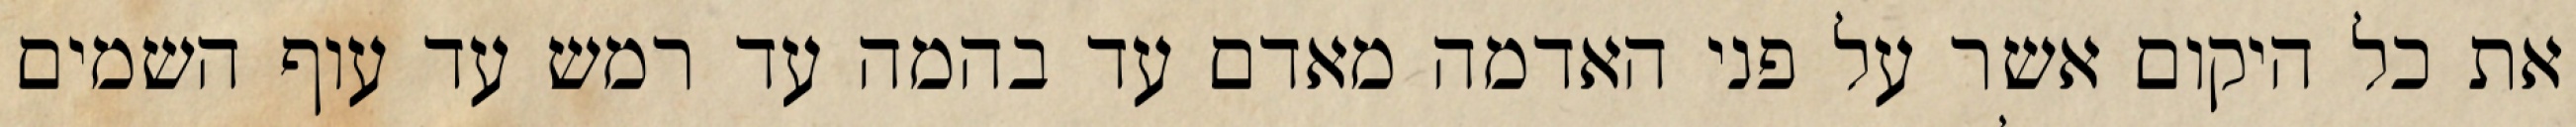
את כל היקום אשר על פני האדמה מאדם עד בהמה עד רמש עד עוף השמים